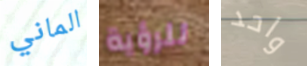
الماني للرؤية واحد